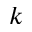
k